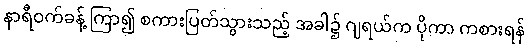
နာရီဝက်ခန့် ကြာ၍ စကားပြတ်သွားသည့် အခါ၌ ဂျရယ်က ပိုကာ ကစားရန်